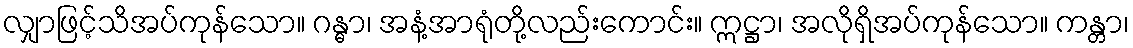
လျှာဖြင့်သိအပ်ကုန်သော။ ဂန္ဓာ၊ အနံ့အာရုံတို့လည်းကောင်း။ ဣဋ္ဌာ၊ အလိုရှိအပ်ကုန်သော။ ကန္တာ၊